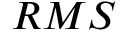
R M S